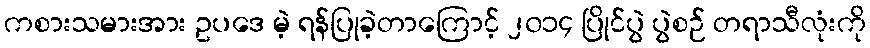
ကစားသမားအား ဥပဒေ မဲ့ ရန်ပြုခဲ့တာကြောင့် ၂၀၁၄ ပြိုင်ပွဲ ပွဲစဉ် တရာသီလုံးကို